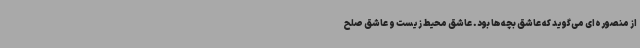
از منصوره‌ای می‌گوید که عاشق بچه‌ها بود. عاشق محیط زیست و عاشق صلح